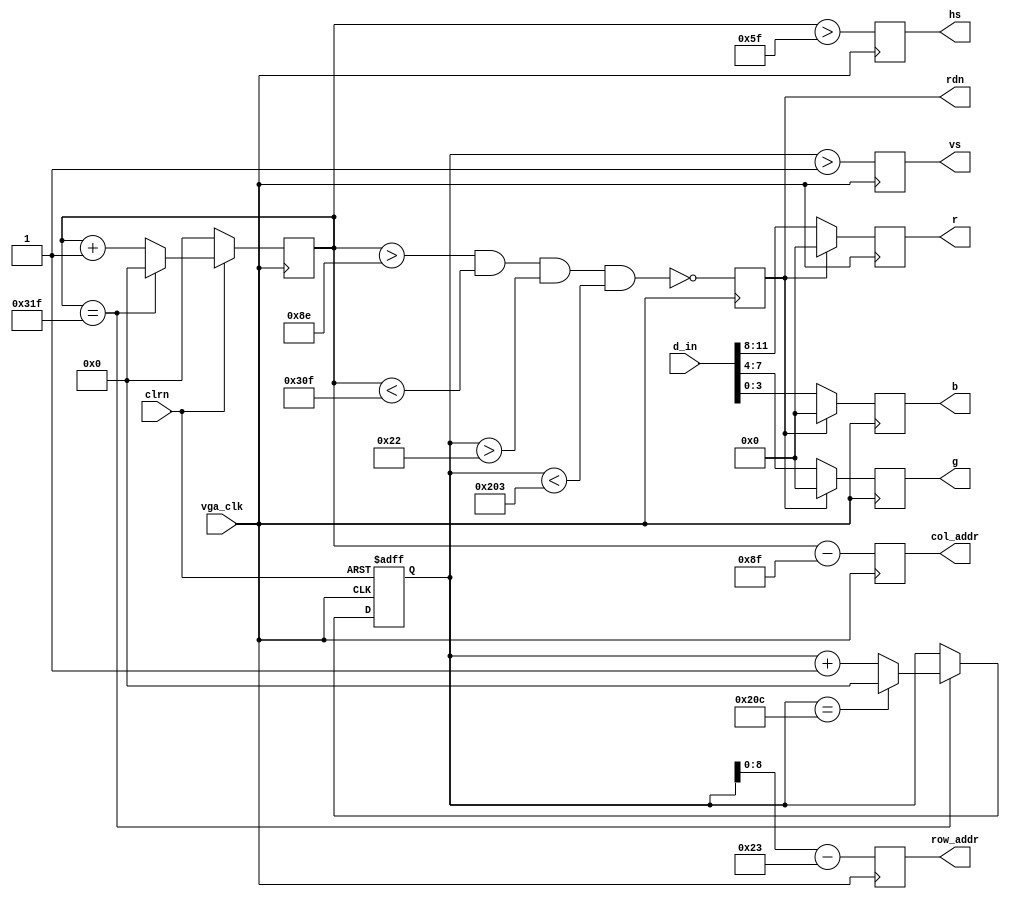
// VGAc Module: Drives a VGA display using a 25MHz clock and rgb signal
module VGAc(
   input     [11:0] d_in,     // rrrr_gggg_bbbb, pixel
   input            vga_clk,  // 25MHz
   input            clrn,     // negative clear signal
   output reg [8:0] row_addr, // pixel ram row address, 480 (512) lines
   output reg [9:0] col_addr, // pixel ram col address, 640 (1024) pixels
   output reg [3:0] r,g,b,    // red, green, blue colors
   output reg       rdn,      // read pixel RAM (active_low)
   output reg       hs,vs     // horizontal and vertical synchronization
);
   // h_count: VGA horizontal counter (0-799)
   reg [9:0] h_count; // VGA horizontal counter (0-799): pixels
   always @ (posedge vga_clk) begin
       if (!clrn) begin
           h_count <= 10'h0;
       end else if (h_count == 10'd799) begin
           h_count <= 10'h0;
       end else begin 
           h_count <= h_count + 10'h1;
       end
   end
   // v_count: VGA vertical counter (0-524)
   reg [9:0] v_count; // VGA vertical   counter (0-524): lines
   always @ (posedge vga_clk or negedge clrn) begin
       if (!clrn) begin
           v_count <= 10'h0;
       end else if (h_count == 10'd799) begin
           if (v_count == 10'd524) begin
               v_count <= 10'h0;
           end else begin
               v_count <= v_count + 10'h1;
           end
       end
   end
    // signals, will be latched for outputs
    wire  [9:0] row    =  v_count - 10'd35;     // pixel ram row addr 
    wire  [9:0] col    =  h_count - 10'd143;    // pixel ram col addr 
    wire        h_sync = (h_count > 10'd95);    //  96 -> 799
    wire        v_sync = (v_count > 10'd1);     //   2 -> 524
    wire        read   = (h_count > 10'd142) && // 143 -> 782
                         (h_count < 10'd783) && //        640 pixels
                         (v_count > 10'd34)  && //  35 -> 514
                         (v_count < 10'd515);   //        480 lines
    // vga signals
    always @ (posedge vga_clk) begin
        row_addr <=  row[8:0]; // pixel ram row address
        col_addr <=  col;      // pixel ram col address
        rdn      <= ~read;     // read pixel (active low)
        hs       <=  h_sync;   // horizontal synchronization
        vs       <=  v_sync;   // vertical   synchronization
        r        <=  rdn ? 4'h0 : d_in[11:8]; // 4-bit red
        g        <=  rdn ? 4'h0 : d_in[7:4]; // 4-bit green
        b        <=  rdn ? 4'h0 : d_in[3:0]; // 4-bit blue
    end
endmodule